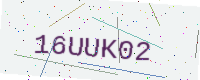
Text: 16UUK02